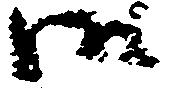
御